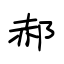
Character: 郝